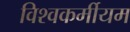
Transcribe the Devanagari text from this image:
विश्वकर्मीयम